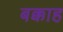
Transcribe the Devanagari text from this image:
बक्काह